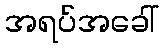
အရပ်အခေါ်